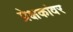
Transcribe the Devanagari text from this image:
प्रेक्षकांवर